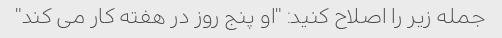
جمله زیر را اصلاح کنید: "او پنج روز در هفته کار می کند"